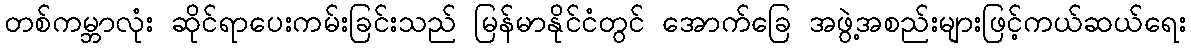
တစ်ကမ္ဘာလုံး ဆိုင်ရာပေးကမ်းခြင်းသည် မြန်မာနိုင်ငံတွင် အောက်ခြေ အဖွဲ့အစည်းများဖြင့်ကယ်ဆယ်ရေး